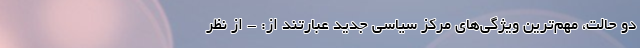
دو حالت، مهم‌ترین ويژگي‌هاي مركز سياسي جدید عبارتند از: - از نظر